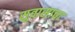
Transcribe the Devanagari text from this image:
सुवासाचा